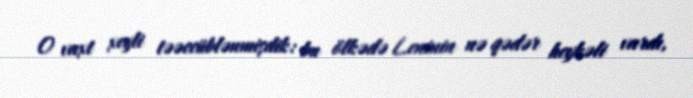
O vaxt xeyli təəccüblənmişdik: bu ölkədə Leninin nə qədər heykəli vardı,